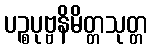
ပဉ္စပုဗ္ဗနိမိတ္တသုတ္တ